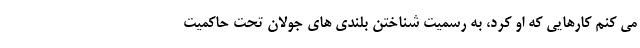
می کنم کارهایی که او کرد، به رسمیت شناختن بلندی های جولان تحت حاکمیت